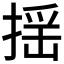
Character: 揺